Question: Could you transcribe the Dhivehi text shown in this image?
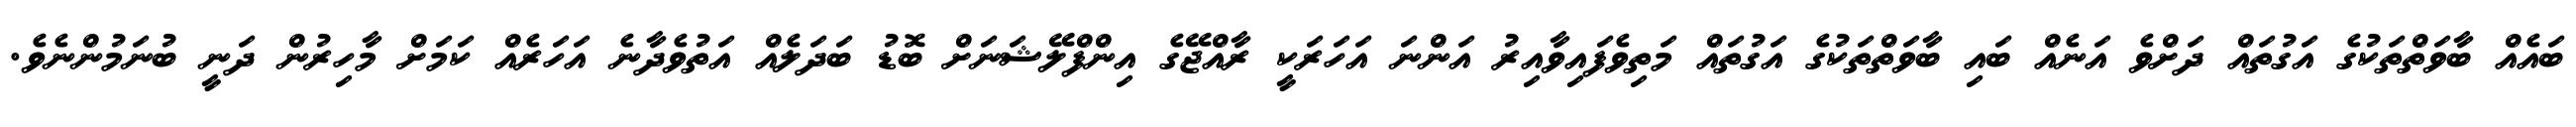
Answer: ބައެއް ބާވަތްތަކުގެ އަގުތައް ދަށްވެ އަނެއް ބައި ބާވަތްތަކުގެ އަގުތައް މަތިވެފައިވާއިރު އަންނަ އަހަރަކީ ރާއްޖޭގެ އިންފްލޭޝަނަށް ބޮޑު ބަދަލެއް އަތުވެދާނެ އަހަރެއް ކަމަށް މާހިރުން ދަނީ ބުނަމުންނެވެ.